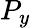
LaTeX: P_{y}